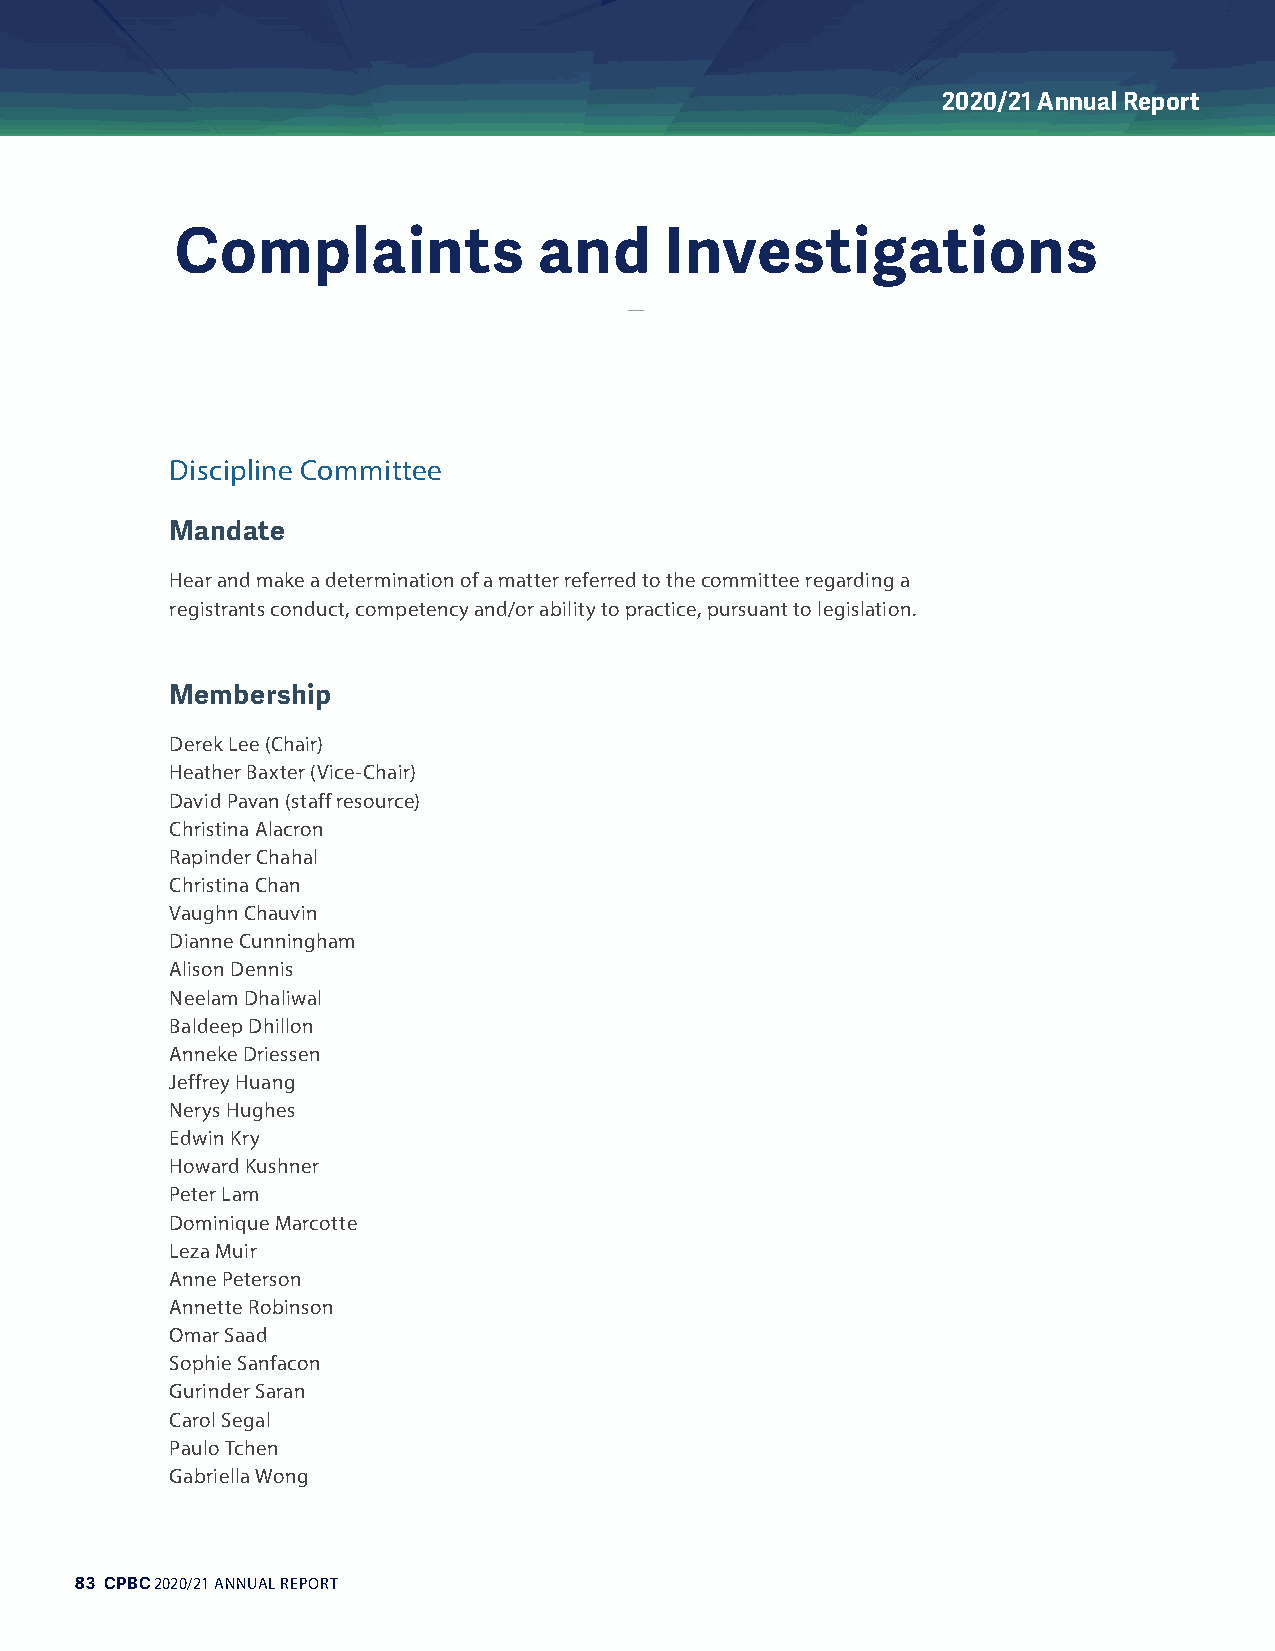
2020/21 Annual Report
 Complaints              and     Investigations
 Discipline Committee
 Mandate
 Hear and make a determination of a matter referred to the committee regarding a
 registrants conduct, competency and/or ability to practice, pursuant to legislation.
 Membership
 Derek Lee (Chair)
 Heather Baxter (Vice-Chair)
 David Pavan (staff resource)
 Christina Alacron
 Rapinder Chahal
 Christina Chan
 Vaughn Chauvin
 Dianne Cunningham
 Alison Dennis
 Neelam Dhaliwal
 Baldeep Dhillon
 Anneke Driessen
 Jeffrey Huang
 Nerys Hughes
 Edwin Kry
 Howard Kushner
 Peter Lam
 Dominique Marcotte
 Leza Muir
 Anne Peterson
 Annette Robinson
 Omar Saad
 Sophie Sanfacon
 Gurinder Saran
 Carol Segal
 Paulo Tchen
 Gabriella Wong
 83 CPBC 2020/21 ANNUAL REPORT